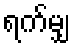
ရက်မျှ